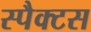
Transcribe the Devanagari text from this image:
स्पैक्टस